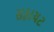
સફાચટ